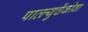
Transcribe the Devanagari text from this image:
पाव्ल्युचेंकोवा